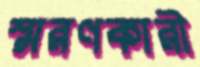
স্মরণকারী